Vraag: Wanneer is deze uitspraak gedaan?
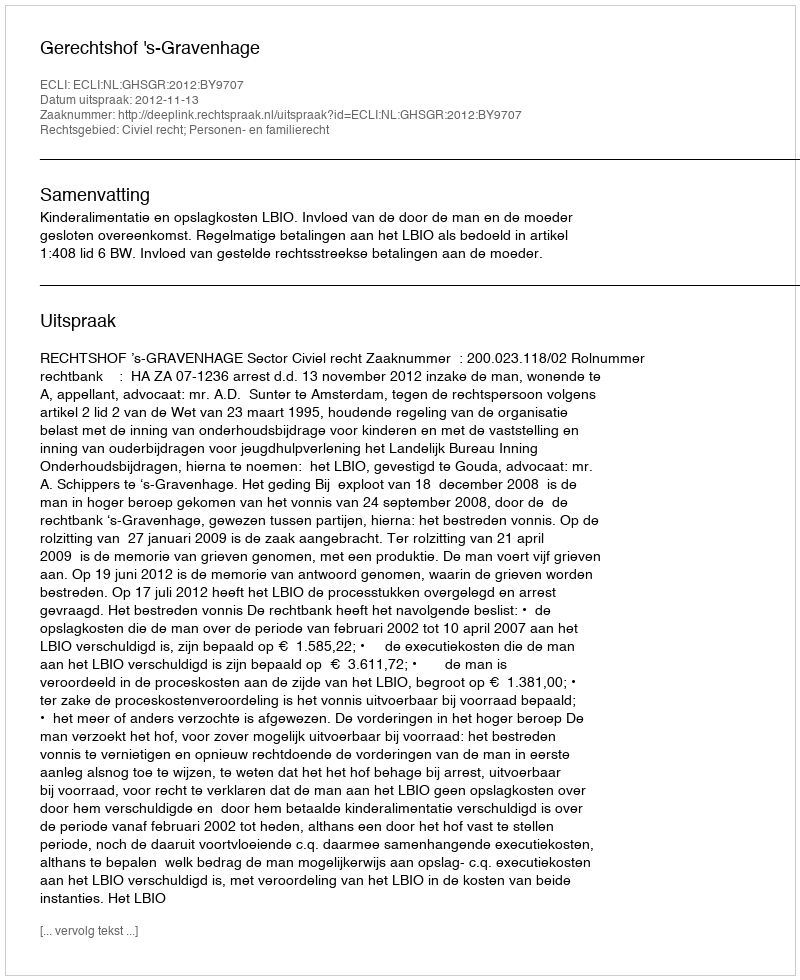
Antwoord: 2012-11-13